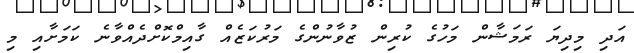
އަދި މިދިޔަ ރަމަޝާން މަހުގެ ކުރިން ޒުވާނުންގެ މަރުކަޒެއް ގާއިމްކޮށްދެއްވާނެ ކަމަށާއި މި